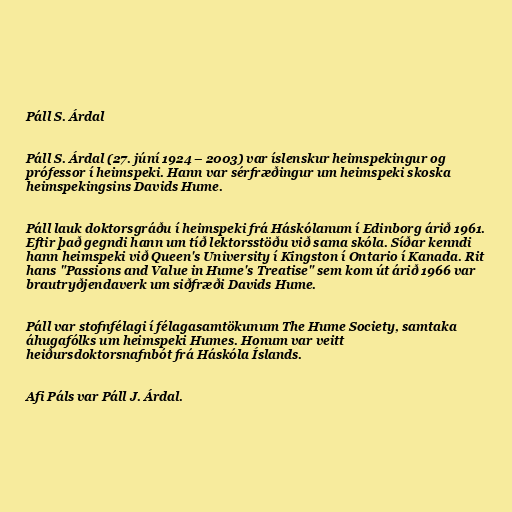
Páll S. Árdal

Páll S. Árdal (27. júní 1924 – 2003) var íslenskur heimspekingur og
prófessor í heimspeki. Hann var sérfræðingur um heimspeki skoska
heimspekingsins Davids Hume.

Páll lauk doktorsgráðu í heimspeki frá Háskólanum í Edinborg árið 1961.
Eftir það gegndi hann um tíð lektorsstöðu við sama skóla. Síðar kenndi
hann heimspeki við Queen's University í Kingston í Ontario í Kanada. Rit
hans "Passions and Value in Hume's Treatise" sem kom út árið 1966 var
brautryðjendaverk um siðfræði Davids Hume.

Páll var stofnfélagi í félagasamtökunum The Hume Society, samtaka
áhugafólks um heimspeki Humes. Honum var veitt
heiðursdoktorsnafnbót frá Háskóla Íslands.

Afi Páls var Páll J. Árdal.